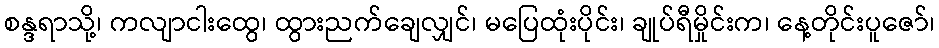
စန္ဒရာသို့၊ ကလျာငါးထွေ၊ ထွားညက်ချေလျှင်၊ မပြေထုံးပိုင်း၊ ချုပ်ရီမှိုင်းက၊ နေ့တိုင်းပူဇော်၊